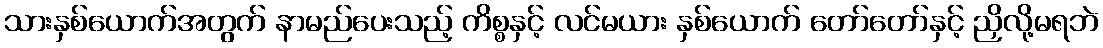
သားနှစ်ယောက်အတွက် နာမည်ပေးသည့် ကိစ္စနှင့် လင်မယား နှစ်ယောက် တော်တော်နှင့် ညှိလို့မရဘဲ